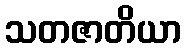
သတဇာတိယာ